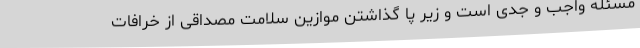
مسئله واجب و جدی است و زیر پا گذاشتن موازین سلامت مصداقی از خرافات